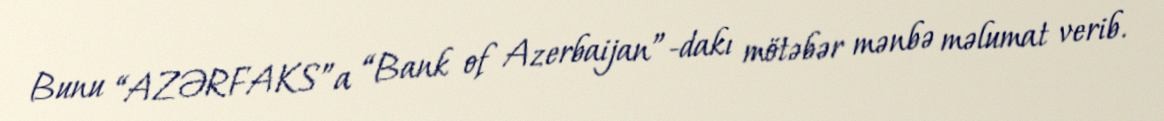
Bunu “AZƏRFAKS”a “Bank of Azerbaijan”-dakı mötəbər mənbə məlumat verib.